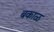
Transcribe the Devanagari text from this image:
बकाळ